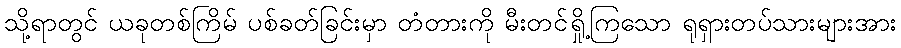
သို့ရာတွင် ယခုတစ်ကြိမ် ပစ်ခတ်ခြင်းမှာ တံတားကို မီးတင်ရှို့ကြသော ရုရှားတပ်သားများအား